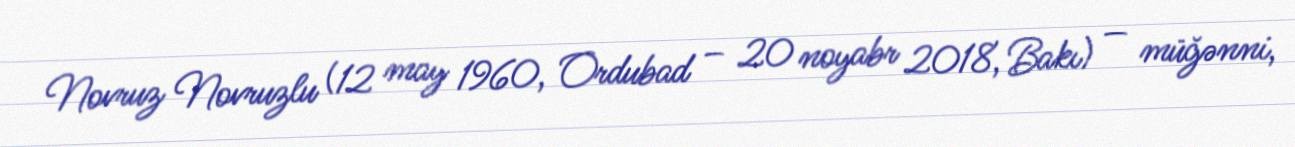
Novruz Novruzlu (12 may 1960, Ordubad – 20 noyabr 2018, Bakı) — müğənni,